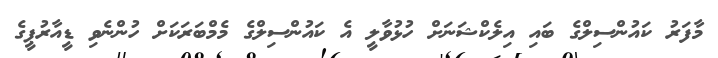
މާފަރު ކައުންސިލްގެ ބައި އިލެކްޝަނަށް ހުޅުވާލީ އެ ކައުންސިލްގެ މެމްބަރަކަށް ހުންނެވި ޑީއާރުޕީގެ